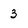
Character: 3